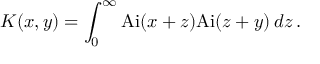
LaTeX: K ( x , y ) = \int _ { 0 } ^ { \infty } \mathrm { A i } ( x + z ) \mathrm { A i } ( z + y ) \, d z \, .